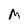
Character: M